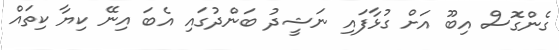
ގެންގޮސް އިބޫ އަށް ގުޅާފައި ނަޝީދު ބަންދުގައި އެބަ އިނޭ ކިޔާ ކިތައް